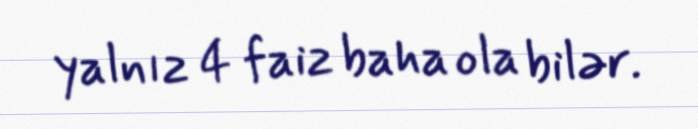
yalnız 4 faiz baha ola bilər.